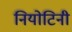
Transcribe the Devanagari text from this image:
नियोटिनी